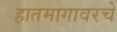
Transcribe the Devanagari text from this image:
हातमागावरचे